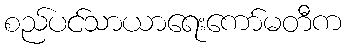
စည်ပင်သာယာရေးကော်မတီက